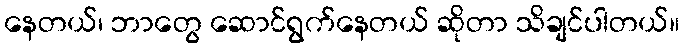
နေတယ်၊ ဘာတွေ ဆောင်ရွက်နေတယ် ဆိုတာ သိချင်ပါတယ်။